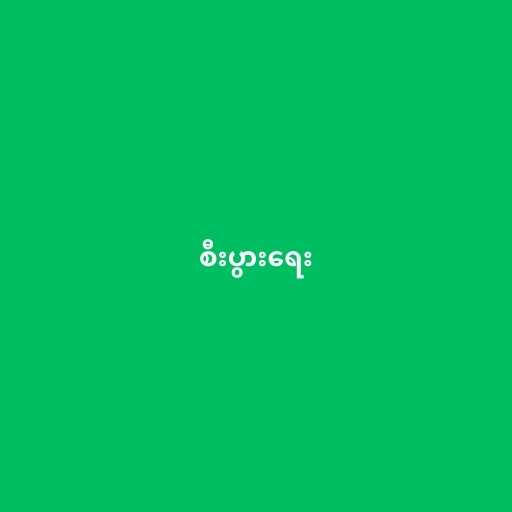
စီးပွားရေး